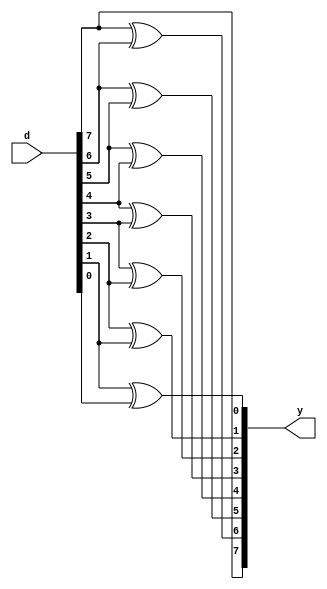
module binary_to_gray_converter_8bit(input [7:0]d,output [7:0]y);
assign y[7]=d[7];
assign y[6]=d[7]^d[6];
assign y[5]=d[6]^d[5];
assign y[4]=d[5]^d[4];
assign y[3]=d[4]^d[3];
assign y[2]=d[3]^d[2];
assign y[1]=d[2]^d[1];
assign y[0]=d[1]^d[0];
endmodule